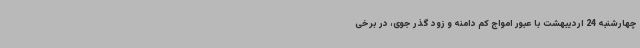
چهارشنبه 24 اردیبهشت با عبور امواج کم دامنه و زود گذر جوی، در برخی